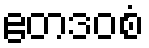
ဧတဒဝစံ